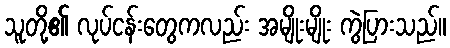
သူတို့၏ လုပ်ငန်းတွေကလည်း အမျိုးမျိုး ကွဲပြားသည်။